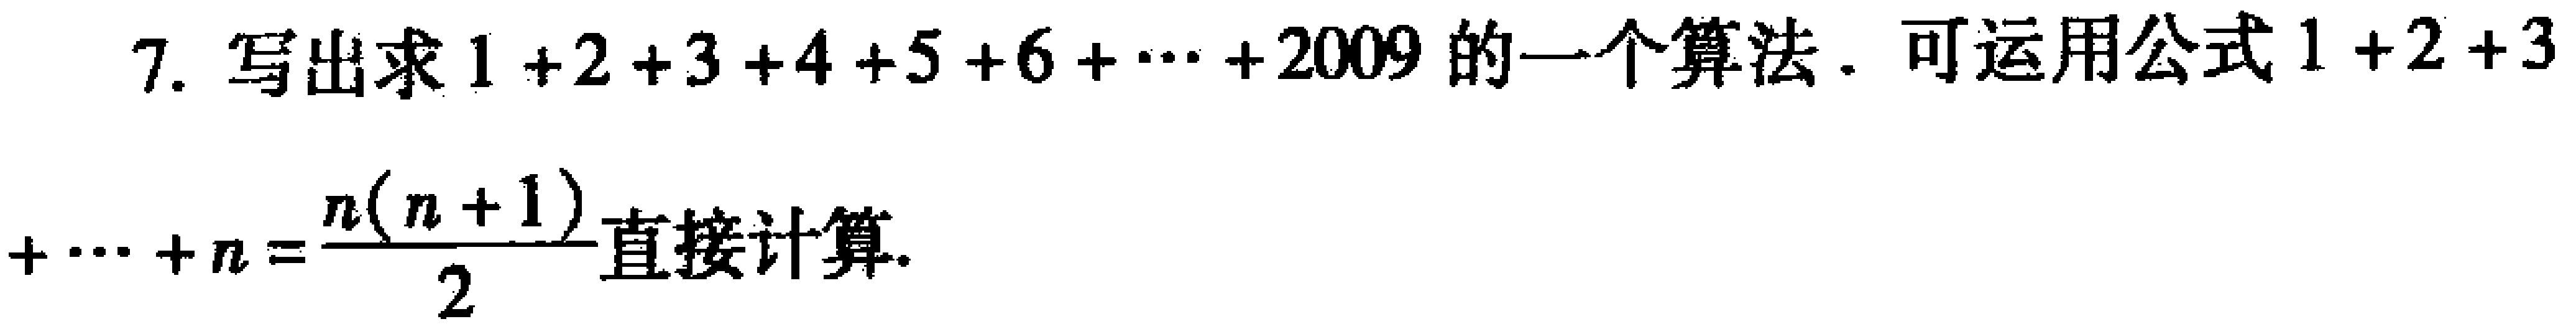
7. 写出求\(1 + 2 + 3 + 4 + 5 + 6 + \cdots + 2009\)的一个算法. 可运用公式\(1 + 2 + 3+ \cdots + n = \frac{n(n + 1)}{2}\)直接计算.